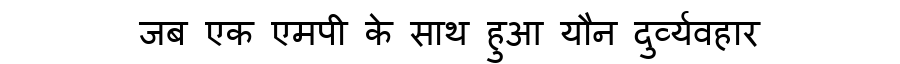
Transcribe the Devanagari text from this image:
जब एक एमपी के साथ हुआ यौन दुर्व्यवहार